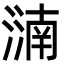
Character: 㵜